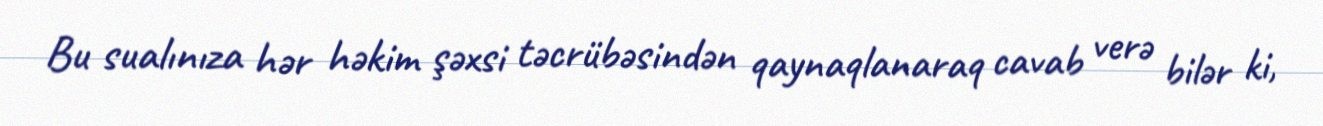
Bu sualınıza hər həkim şəxsi təcrübəsindən qaynaqlanaraq cavab verə bilər ki,